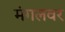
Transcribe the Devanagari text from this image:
मंगलवर